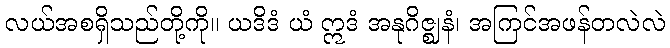
လယ်အစရှိသည်တို့ကို။ ယဒိဒံ ယံ ဣဒံ အနုဂိဇ္ဈနံ၊ အကြင်အဖန်တလဲလဲ